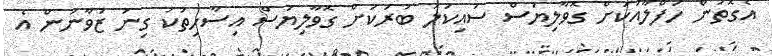
އެގޮތުން ހަފްލާއަކަށް ގޮވާލިޔަސް ސައިކަލު ބުރަކަށް ގޮވާލިޔަސް އިސާހިތަކު ގިނަ ޒުވާނުން އެ